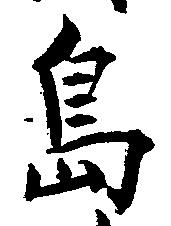
島